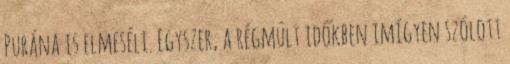
Purána is elmeséli. Egyszer, a régmúlt időkben imígyen szólott